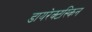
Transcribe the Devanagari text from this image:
डायरेक्टस्किन